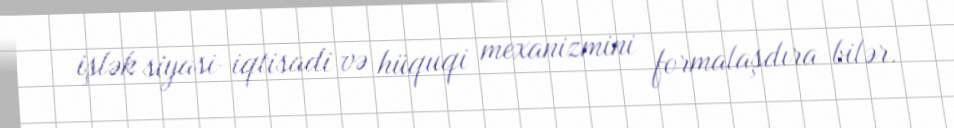
işlək siyasi-iqtisadi və hüquqi mexanizmini formalaşdıra bilər.